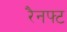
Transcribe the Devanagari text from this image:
रैनफ्‍ट